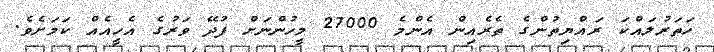
ހަތަރުލައްކަ ރައްޔިތުންގެ ތެރެއިން އެންމެ 27000 މީހުންނަށް ފުދޭ ވަރުގެ އެހީއެއް ކަމަށެވެ.